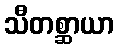
သီတစ္ဆာယာ